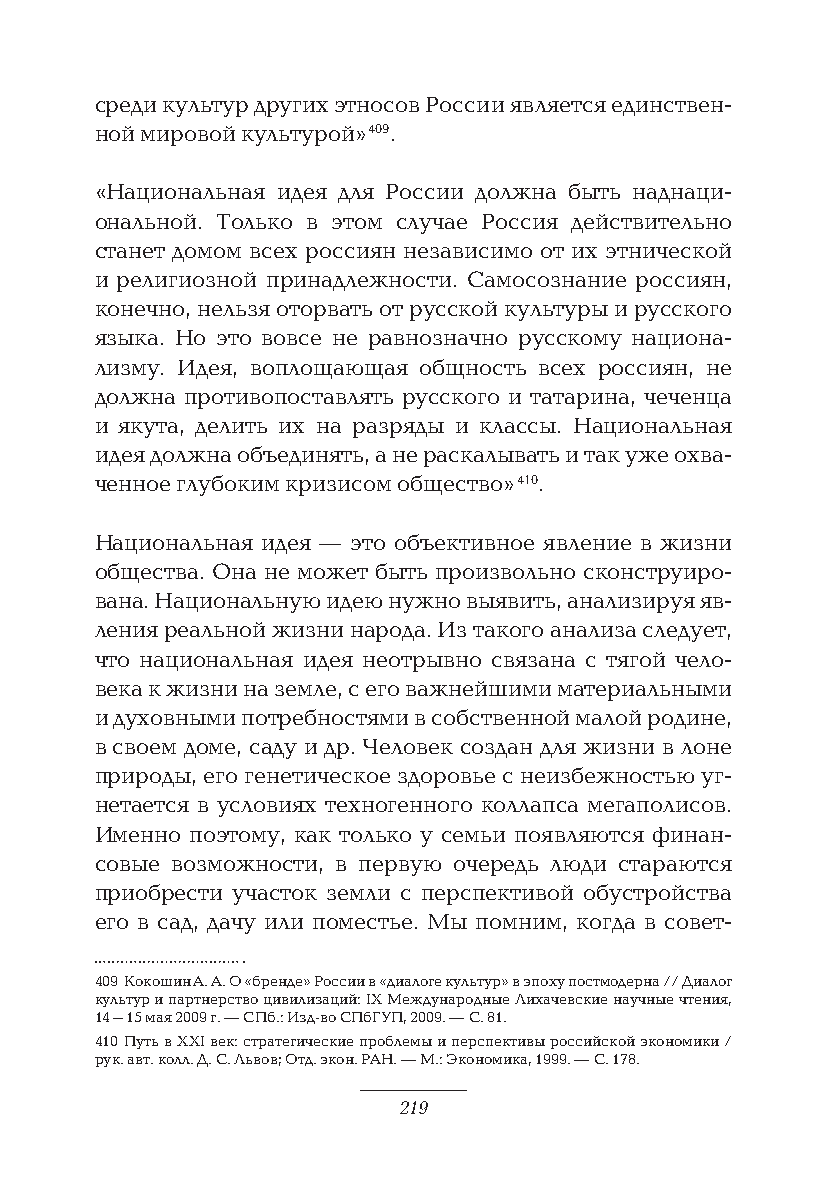
среди культур других этносов России является единствен-
 ной мировой культурой» 409.
 «Национальная идея для России должна быть наднаци-
 ональной. Только в этом случае Россия действительно
 станет домом всех россиян независимо от их этнической
 и религиозной принадлежности. Самосознание россиян,
 конечно, нельзя оторвать от русской культуры и русского
 языка. Но это вовсе не равнозначно русскому национа-
 лизму. Идея, воплощающая общность всех россиян, не
 должна противопоставлять русского и татарина, чеченца
 и якута, делить их на разряды и классы. Национальная
 идея должна объединять, а не раскалывать и так уже охва-
 ченное глубоким кризисом общество» 410.
 Национальная идея — это объективное явление в жизни
 общества. Она не может быть произвольно сконструиро-
 вана. Национальную идею нужно выявить, анализируя яв-
 ления реальной жизни народа. Из такого анализа следует,
 что национальная идея неотрывно связана с тягой чело-
 века к жизни на земле, с его важнейшими материальными
 и духовными потребностями в собственной малой родине,
 в своем доме, саду и др. Человек создан для жизни в лоне
 природы, его генетическое здоровье с неизбежностью уг-
 нетается в условиях техногенного коллапса мегаполисов.
 Именно поэтому, как только у семьи появляются финан-
 совые возможности, в первую очередь люди стараются
 приобрести участок земли с перспективой обустройства
 его в сад, дачу или поместье. Мы помним, когда в совет-
 409 Кокошин А. А. О «бренде» России в «диалоге культур» в эпоху постмодерна // Диалог
 культур и партнерство цивилизаций: IX Международные Лихачевские научные чтения,
 14–15 мая 2009 г. — СПб.: Изд-во СПбГУП, 2009. — С. 81.
 410 Путь в XXI век: стратегические проблемы и перспективы российской экономики /
 рук. авт. колл. Д. С. Львов; Отд. экон. РАН. — М.: Экономика, 1999. — С. 178.
 219